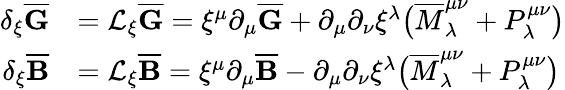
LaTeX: \begin{array}{rl}{\delta_{\xi}\overline{{\mathbf{G}}}}&{=\mathcal{L}_{\xi}\overline{{\mathbf{G}}}=\xi^{\mu}\partial_{\mu}\overline{{\mathbf{G}}}+\partial_{\mu}\partial_{\nu}\xi^{\lambda}\big(\overline{{M}}^{\mu\nu}_{\lambda}+P^{\mu\nu}_{\lambda}\big)}\\ {\delta_{\xi}\overline{{\mathbf{B}}}}&{=\mathcal{L}_{\xi}\overline{{\mathbf{B}}}=\xi^{\mu}\partial_{\mu}\overline{{\mathbf{B}}}-\partial_{\mu}\partial_{\nu}\xi^{\lambda}\big(\overline{{M}}^{\mu\nu}_{\lambda}+P^{\mu\nu}_{\lambda}\big)}\end{array}